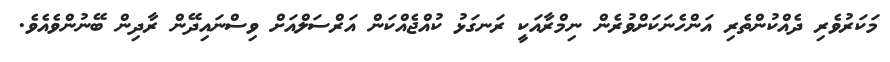
މަކަރުވެރި ދެއްކުންތެރި އަންހެނަކަށްވުރެން ނިމްރާއަކީ ރަނގަޅު ކުއްޖެއްކަން އަރްސަލްއަށް ވިސްނައިދޭން ރާދިން ބޭނުންވެއެވެ.